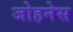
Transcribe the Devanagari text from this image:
जोहनेस